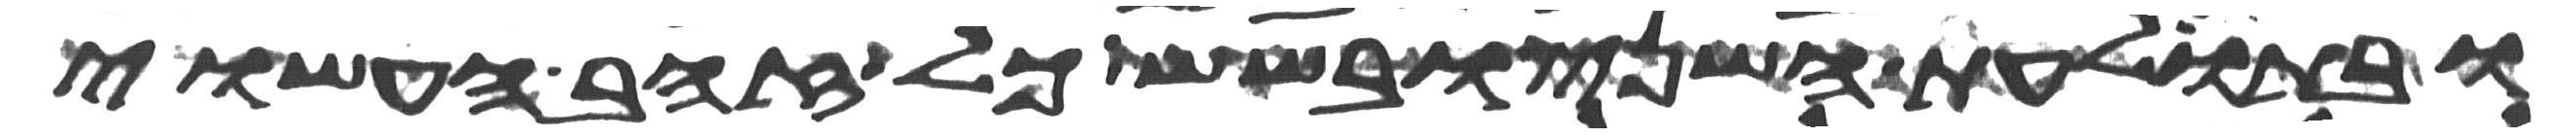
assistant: ובתולעת השני ובשש כל זהב העשוי